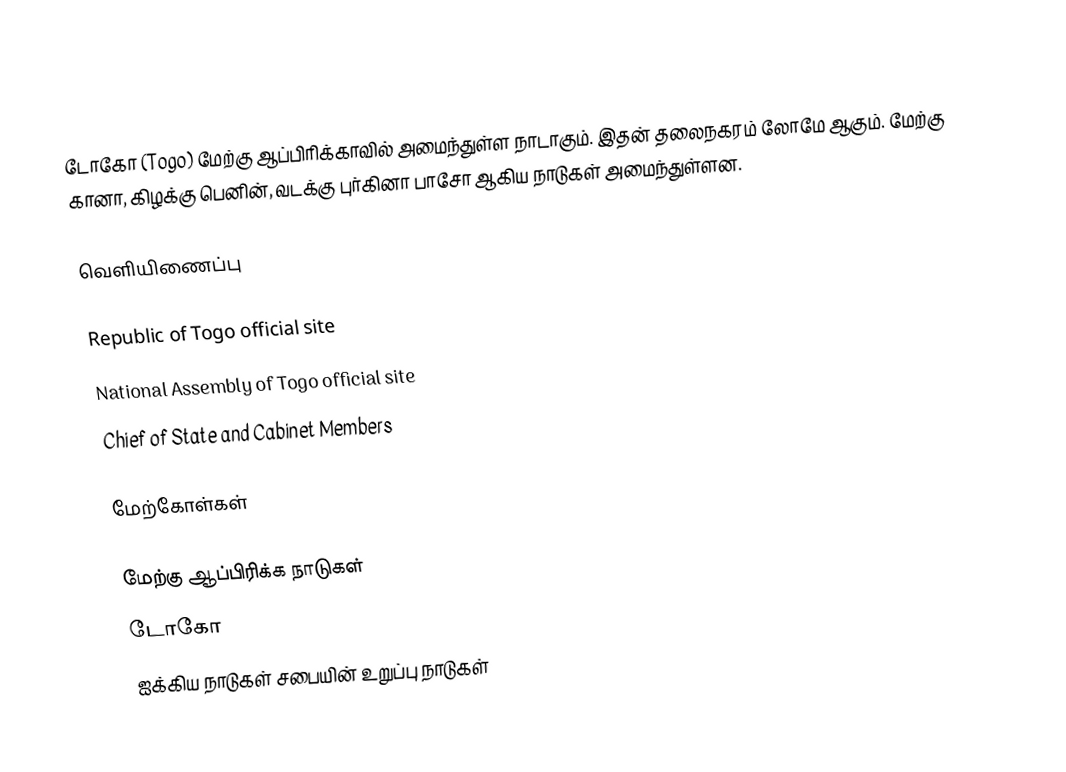
டோகோ (Togo) மேற்கு ஆப்பிரிக்காவில் அமைந்துள்ள நாடாகும். இதன் தலைநகரம் லோமே ஆகும். மேற்கு கானா, கிழக்கு பெனின், வடக்கு புர்கினா பாசோ ஆகிய நாடுகள் அமைந்துள்ளன.

வெளியிணைப்பு

 Republic of Togo official site
 National Assembly of Togo  official site
Chief of State and Cabinet Members

மேற்கோள்கள்

மேற்கு ஆப்பிரிக்க நாடுகள்
டோகோ
ஐக்கிய நாடுகள் சபையின் உறுப்பு நாடுகள்